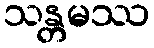
သန္တမဿ